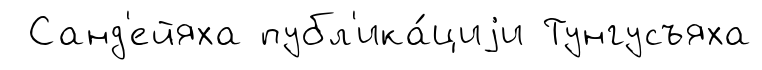
Санд'ейяха публ'ика́циjи Тунгусъяха